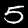
Label: 5